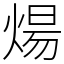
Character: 煬